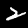
Label: 2